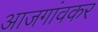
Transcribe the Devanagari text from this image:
आजगांवकर